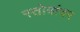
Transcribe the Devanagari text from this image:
स्तोत्रांवर